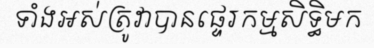
ទាំងអស់ត្រូវាបានផ្ទេរកម្មសិទ្ធិមក